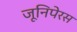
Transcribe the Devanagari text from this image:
जूनिपेरस